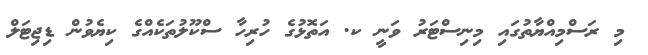
މި ރަސްމިއްޔާތުގައި މިނިސްޓަރު ވަނީ ކ. އަތޮޅުގެ ހުރިހާ ސްކޫލުތަކެއްގެ ކިޔެވުން ޑިޖިޓަލް